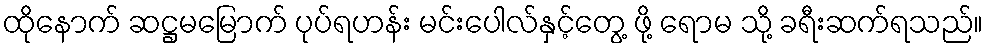
ထိုနောက် ဆဋ္ဌမမြောက် ပုပ်ရဟန်း မင်းပေါလ်နှင့်တွေ့ ဖို့ ရောမ သို့ ခရီးဆက်ရသည်။